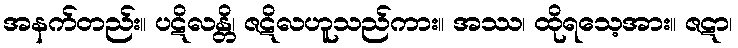
အနက်တည်း။ ပဋိလန္တိ၊ ဇဋိလဟူသည်ကား။ အဿ၊ ထိုရသေ့အား။ ဇဋာ၊